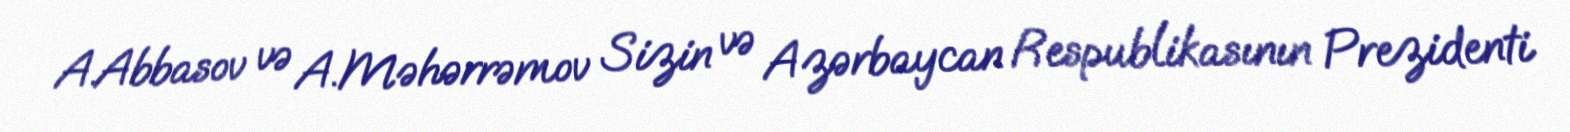
A.Abbasov və A.Məhərrəmov Sizin və Azərbaycan Respublikasının Prezidenti